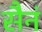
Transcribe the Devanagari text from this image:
सैनं